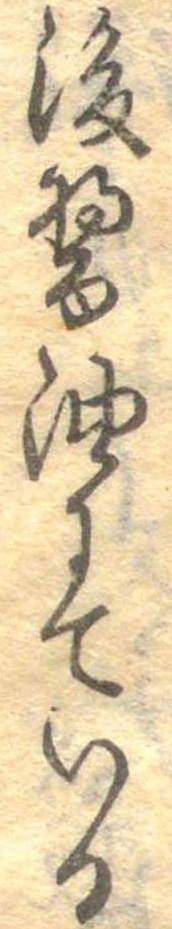
後醤油にている